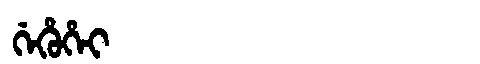
Manchu: ᡤᡝᡥᡠᡥᡝᡳ
Romanization: GEHUHEI